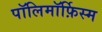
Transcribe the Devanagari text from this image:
पॉलिमॉर्फ़िस्म